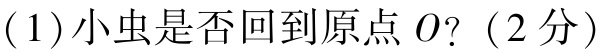
(1)小虫是否回到原点\(O\)?（2分）